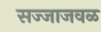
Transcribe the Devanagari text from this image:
सज्जाजवळ